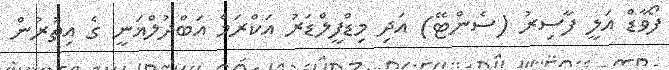
ފޯވާޑް އަލީ ފާސިރު (ސެންޓޭ) އަދި މިޑްފީލްޑަރު އަކްރަމް އަބްދުލްޣަނީ ގެ އިތުރުން